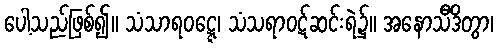
ပေါ့သည်ဖြစ်၍။ သံသာရဝဋ္ဋေ၊ သံသရာဝဋ်ဆင်းရဲ၌။ အနောသီဒိတွာ၊